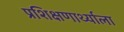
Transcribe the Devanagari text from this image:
प्रशिक्षणार्थ्याला